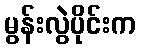
မွန်းလွဲပိုင်းက